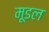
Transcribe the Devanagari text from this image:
मूडल